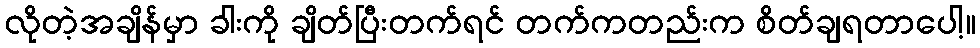
လိုတဲ့အချိန်မှာ ခါးကို ချိတ်ပြီးတက်ရင် တက်ကတည်းက စိတ်ချရတာပေါ့။